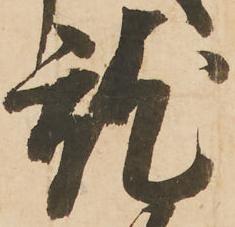
就